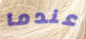
عندما